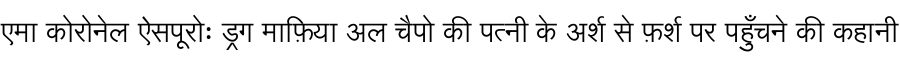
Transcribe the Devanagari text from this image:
एमा कोरोनेल ऐसपूरोः ड्रग माफ़िया अल चैपो की पत्नी के अर्श से फ़र्श पर पहुँचने की कहानी